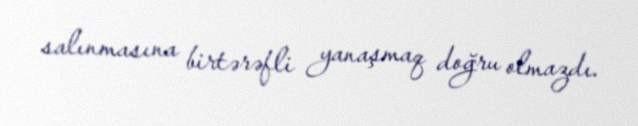
salınmasına birtərəfli yanaşmaq doğru olmazdı.